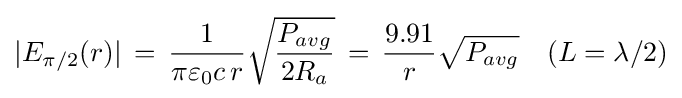
\vert E_{\pi /2}(r)\vert \,=\,{1 \over \pi \varepsilon _{0}c\,r}{\sqrt {P_{avg} \over 2R_{a}}}\,=\,{9.91 \over r}{\sqrt {P_{avg}}}\quad (L=\lambda /2)